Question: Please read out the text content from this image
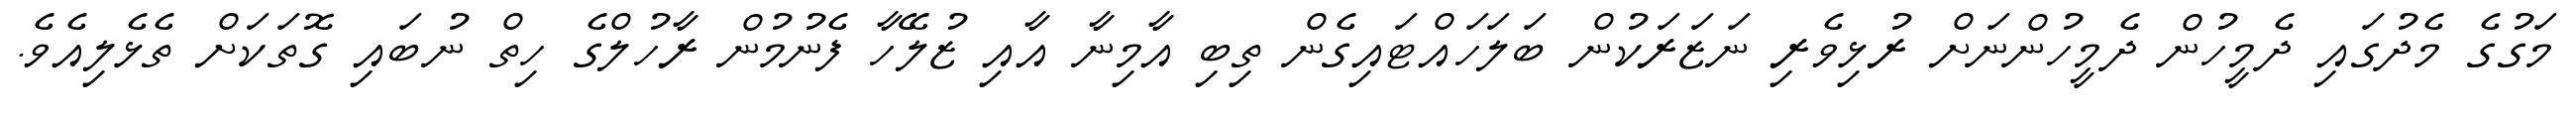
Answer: މަގުގެ މެދުގައި ދެމީހުން ދެމީހުންނަށް ރުޅިވެރި ނަޒަރަކުން ބަލަހައްޓައިގެން ތިބި އާމިނާ އާއި ޒުލޭހާ ފެނުމުން ރާހުލްގެ ހިތް ނުބައި ގޮތަކަށް ތެޅެލިއެވެ.